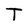
Character: T